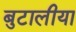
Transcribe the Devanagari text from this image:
बुटालीया